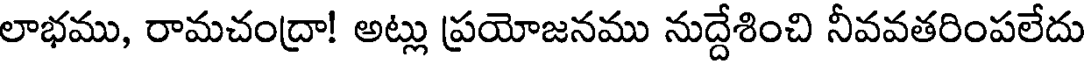
లాభము, రామచంద్రా! అట్లు ప్రయోజనము నుద్దేశించి నీవవతరింపలేదు